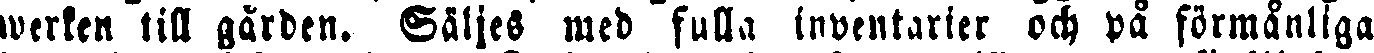
werken till gården. Säljes med fulla inventarier och på förmånliga